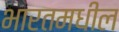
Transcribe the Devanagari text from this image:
भारतमधील